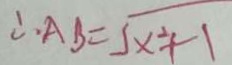
\therefore A B = \sqrt { x ^ { 2 } + 1 }